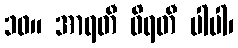
၁၀။ အာရတီ ဝိရတီ ပါပါ၊